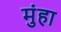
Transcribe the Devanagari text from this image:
मुंहा